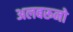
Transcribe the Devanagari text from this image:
अलबरूनो